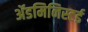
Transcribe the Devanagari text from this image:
ॲडमिनिस्टर्ड